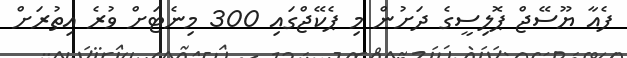
ފެއާ ޔޫސޭޖް ޕޮލިސީގެ ދަށުން މި ޕެކޭޖްގައި 300 މިނެޓަށް ވުރެ އިތުރަށް